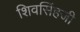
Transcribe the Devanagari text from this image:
शिवसिंहजी